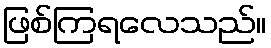
ဖြစ်ကြရလေသည်။